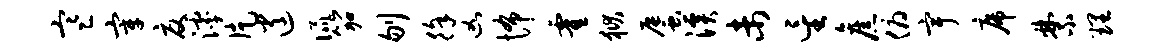
寒宰夏滹片逍侃笳刎徐凶怖霍狱蜃溪未星旧俯宇席禁理